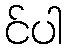
င်ပါ